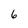
Character: 6